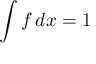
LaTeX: \int f \, d x = 1